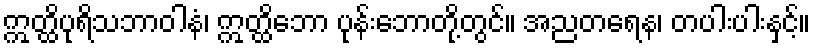
ဣတ္ထိပုရိသဘာဝါနံ၊ ဣတ္ထိဘော ပုန်းဘောတို့တွင်။ အညတရေန၊ တပါးပါးနှင့်။